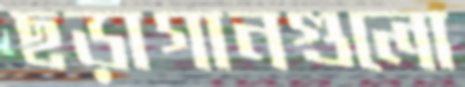
ছড়াগানগুলো